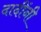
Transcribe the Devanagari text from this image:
दादींनी